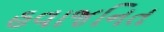
હવાજનિત